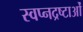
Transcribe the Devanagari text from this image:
स्वप्नद्रष्टाओं